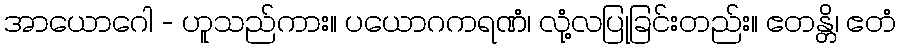
အာယောဂေါ - ဟူသည်ကား။ ပယောဂကရဏံ၊ လုံ့လပြုခြင်းတည်း။ ဧတန္တိ၊ ဧတံ